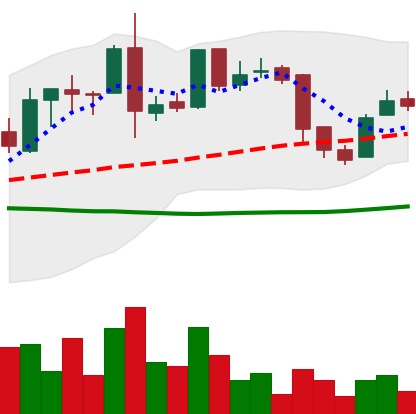
Ticker: LTC-USD
Chart end date: 2015-12-25
Forward return: -4.569%
Label: down_3_5